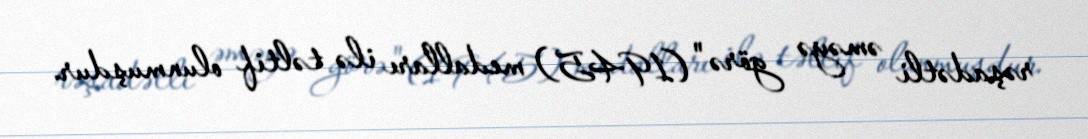
rəşadətli əməyə görə" (1945) medalları ilə təltif olunmuşdur.